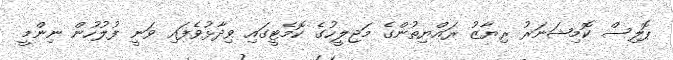
ޕޮލިސް ކޮމިޝަނަރު ރިޔާޒު ރައްޔިތުންގެ މަޖިލީހުގެ ކޮމެޓީގައި ވިދާޅުވެފައި ވަނީ ފުލުހުން ނިންމީ